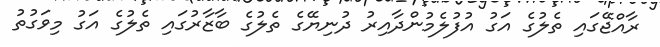
ރާއްޖޭގައި ތެލުގެ އަގު އުފުލެމުންދާއިރު ދުނިޔޭގެ ތެލުގެ ބާޒާރުގައި ތެލުގެ އަގު މިވަގުތު